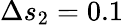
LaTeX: \Delta s_{2}=0.1